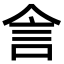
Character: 𬾕